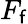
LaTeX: F_{\mathsf{f}}